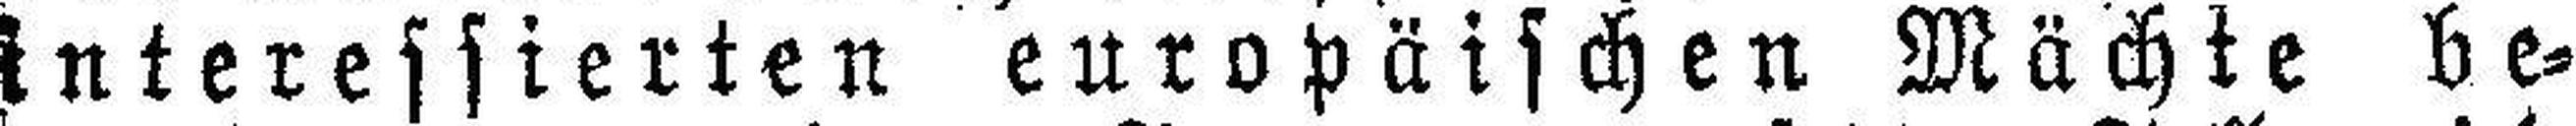
interessierten europäischen Mächte be¬